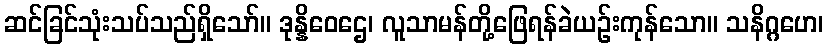
ဆင်ခြင်သုံးသပ်သည်ရှိသော်။ ဒုန္နိဝေဌေ၊ လူသာမန်တို့ဖြေရန်ခဲယဉ်းကုန်သော။ သနိဂ္ဂဟေ၊